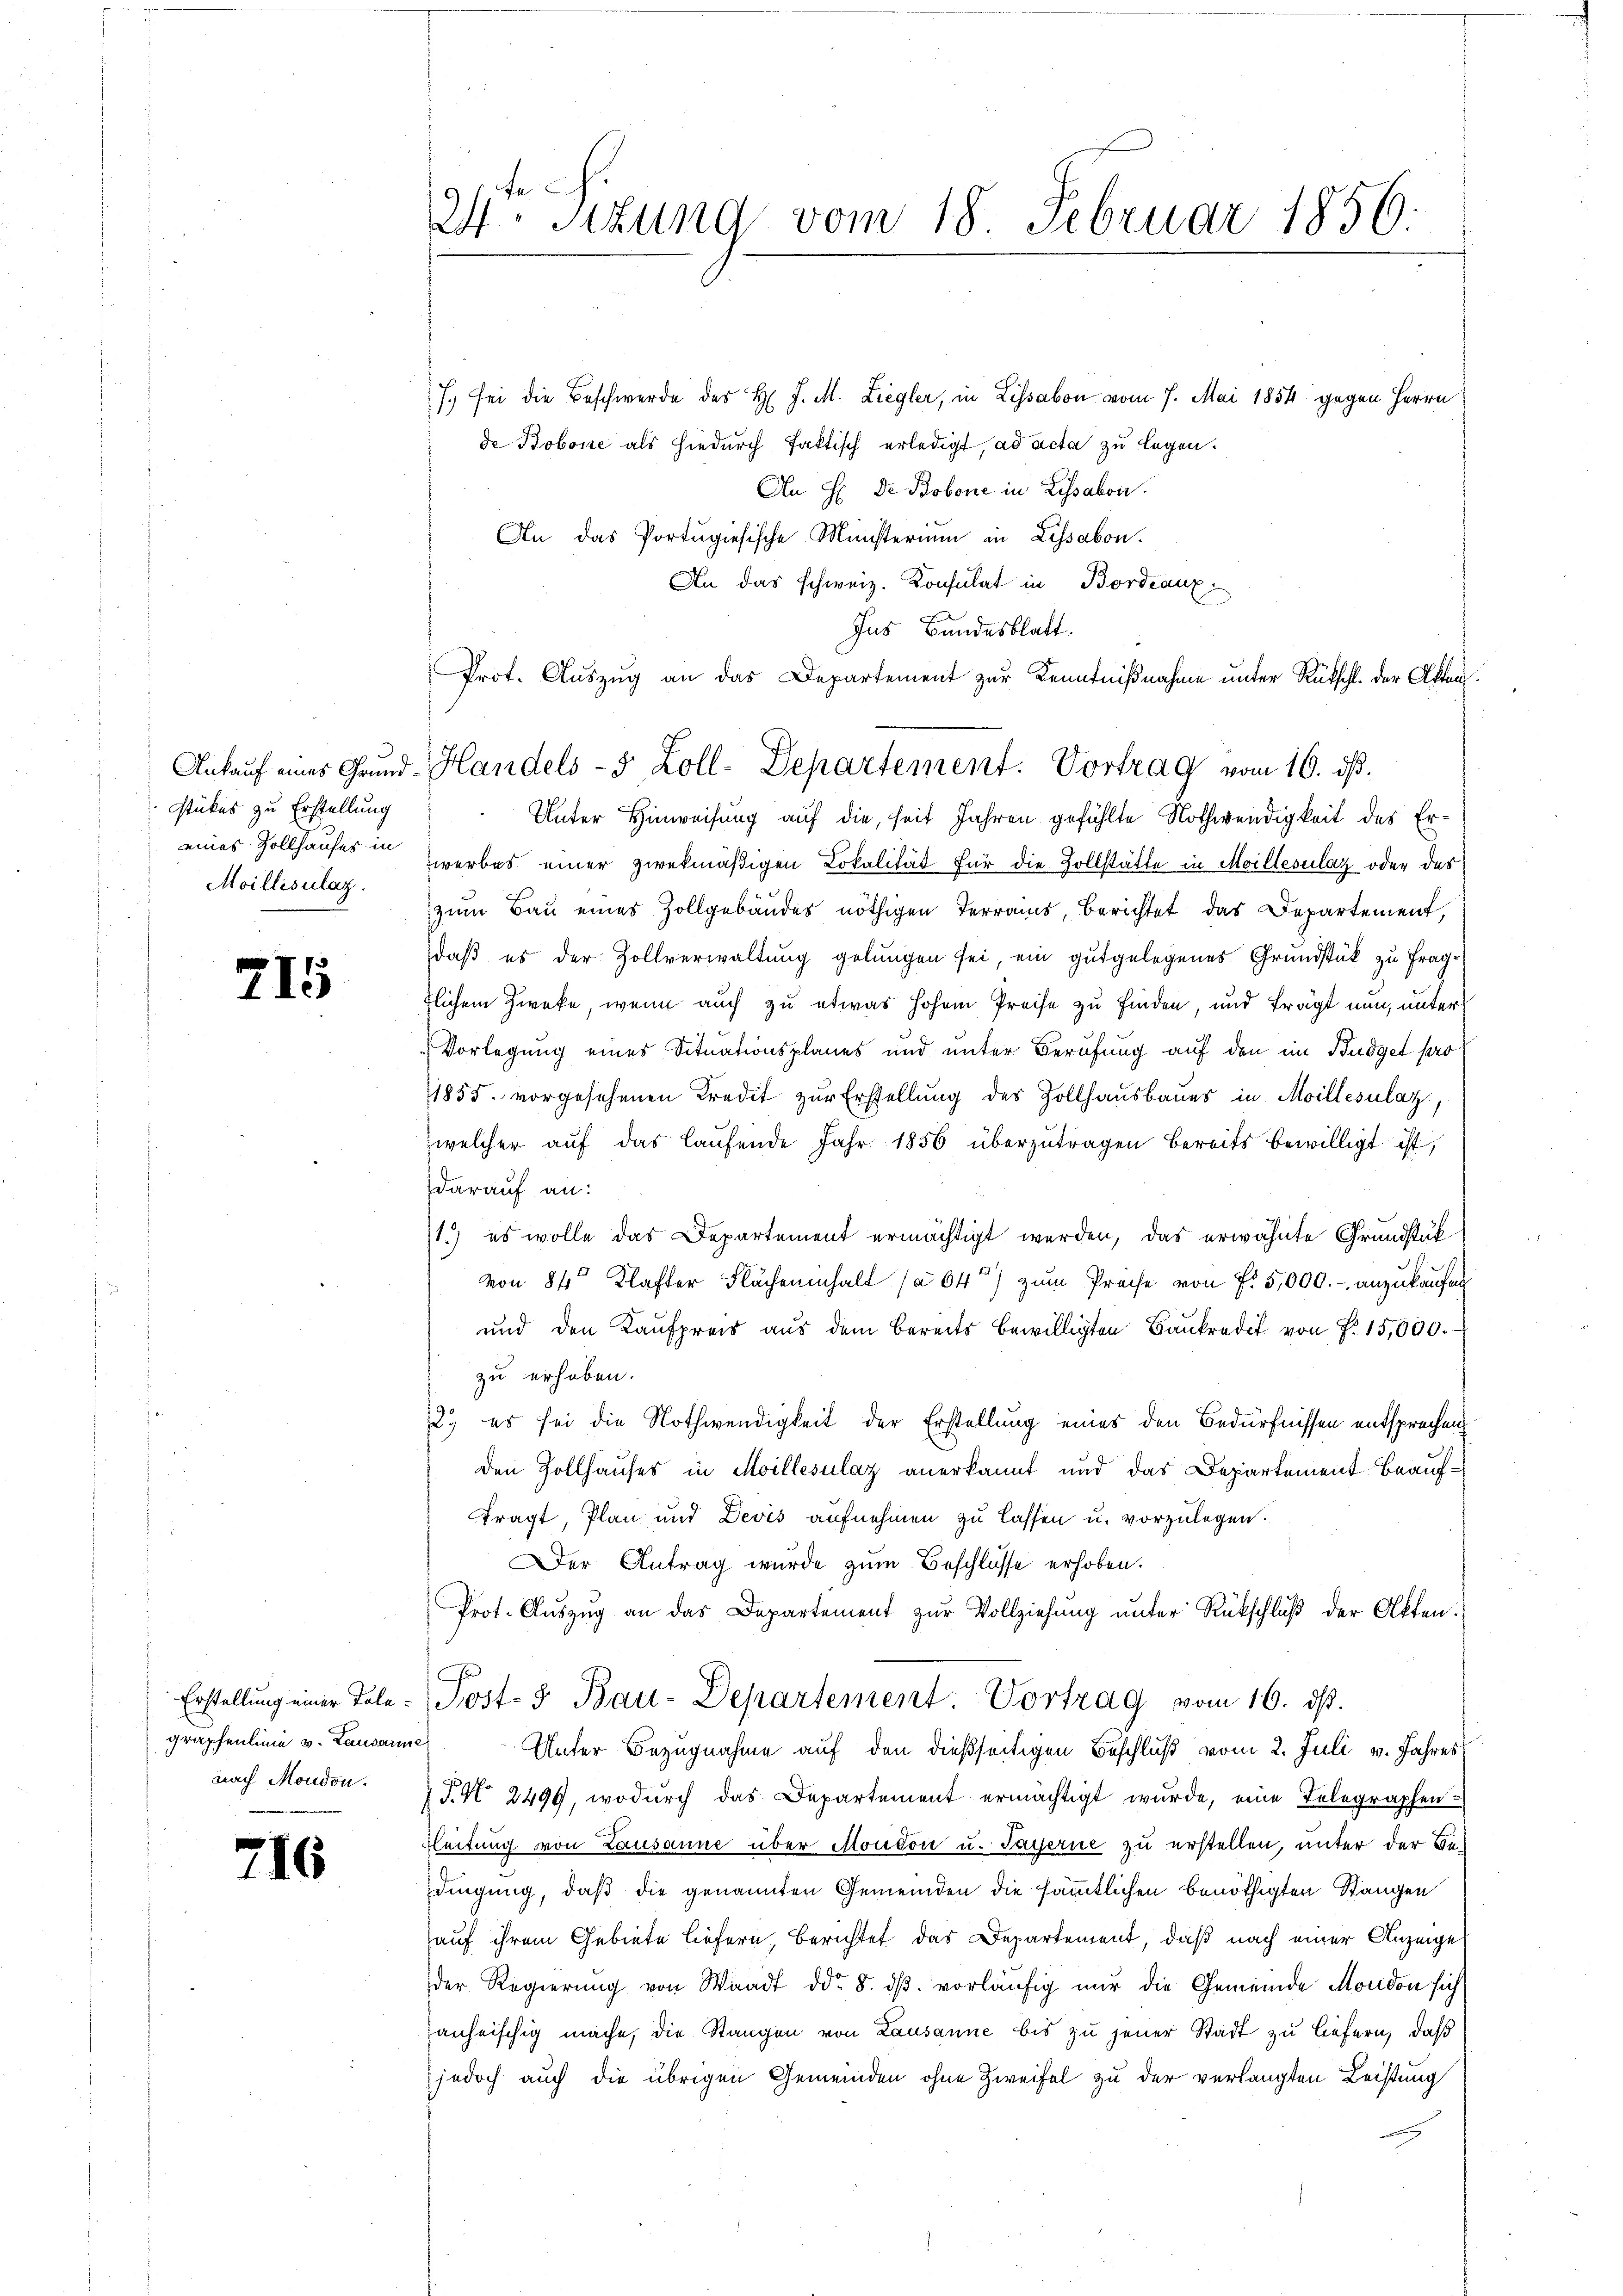
Stückes zu Erstellung
eines Zollhauses in
Moilliselaz.

715

Erstellung einer Tolegraphenlinie v. Lausamme
nach Moudon.

s

6

24. Sitzung vom 18 Februar 1856.

7. sei die Beschwerde des H. J. M. Liegler, in Lissabon vom 7. Mai 1854 gegen Herrn
de Bobone als hiedurch faktisch erledigt, ad acta zu legen.
An H: Dr Bobone in Lissabon.
An das Portugisische Ministerium in Lissabon.
An das schweiz. Konsulat in Bordeaux
Ins Bandesblatt.
Unter Hinweisung auf die, seit Jahren gefühlte Nothwendigkeit des Er¬
Zwerbes einer zwekmäßigen Lokalität für die Zollstätte in Moillesulat oder des
zum Bau eines Zollgebäudes nöthigen Terrains, berichtet das Departement,
daß es der Zollverwaltung gelungen sei, ein gutgelegenes Grundstück zu fragflichem Zweke, wenn auch zu etwas hohem Preise zu finden, und frägt nun, unter
Vorlegung eines Situationsplanes und unter Berufung auf den im Budget pro¬
1855 vorgesehenen Kredit zur Erstellung des Zollhausbaues in Moillesalaz,
welcher auf das laufende Jahr 1856 überzutragen bereits bewilligt ist,
darauf an:
1.) es wolle das Departement ermächtigt werden, das erwähnte Grundstük
von 8 4 Klafter Flächeninhalt (a 64) zum Preise von f. 5,000.- anzukaufen
und den Kaufpreis aus dem bereits bewilligten Bankredit von Fr. 15,000.
zu erhoben.
2.) es sei die Nothwendigkeit der Erstellung eines den Bedürfnissen entsprechen
den Zollhauses in Moillesulaz anerkannt und das Departement Beauffragt, Plan und Devis aufnehmen zu lassen u. vorzulegen.
er Antrag wurde zum Beschlüsse erhoben.
Prot. Auszug an das Departement zur Vollziehung unter Rückschluß der Akten.
Post- & Bau-Departement. Vortrag vom 16. ds.
Unter Bezugnahme auf den dießseitigen Beschluß vom 2. Juli v. Jahres
7 J. No. 2499, wodŭrch das Departement ermächtigt wurde, eine Telegraphen
Fleitung von Lausanne über Moudon u. Payerne zu erstellen, unter der Bedingung, daß die genannten Gemeinden die sämmtlichen benöthigten Stangen
hauf ihrem Gebiete liefern Berichtet das Departement, daß nach einer Anzeige
der Regierung von Waadt ddo. 8. dβ. vorläufig nur die Gemeinde Mondon sich
anheischig mache, die Stangen von Lausanne bis zu jener Stadt zu liefern, daß
jedoch auch die übrigen Gemeinden ohne Zweifel zu der verlangten Leistung

Prot. Auszug an das Departement zur Kenntnißnahme unter Rückschl. der Akten
Ankauf eines Grund-Handels- 5 Zoll-Departement. Vortrag vom 16. ds.